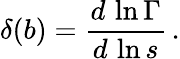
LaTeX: \delta(b)=\frac{d\, \ln\Gamma}{d\, \ln s}\, .